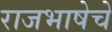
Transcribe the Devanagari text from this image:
राजभाषेचे